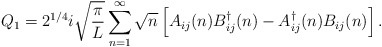
\begin{align*}Q_1 = 2^{1/4}i \sqrt{\pi \over L}\sum_{n=1}^{\infty} \sqrt{n}\left[A_{ij}(n)B_{ij}^{\dag}(n)-A_{ij}^{\dag}(n)B_{ij}(n)\right] .\end{align*}